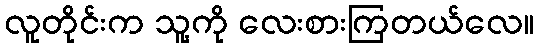
လူတိုင်းက သူ့ကို လေးစားကြတယ်လေ။